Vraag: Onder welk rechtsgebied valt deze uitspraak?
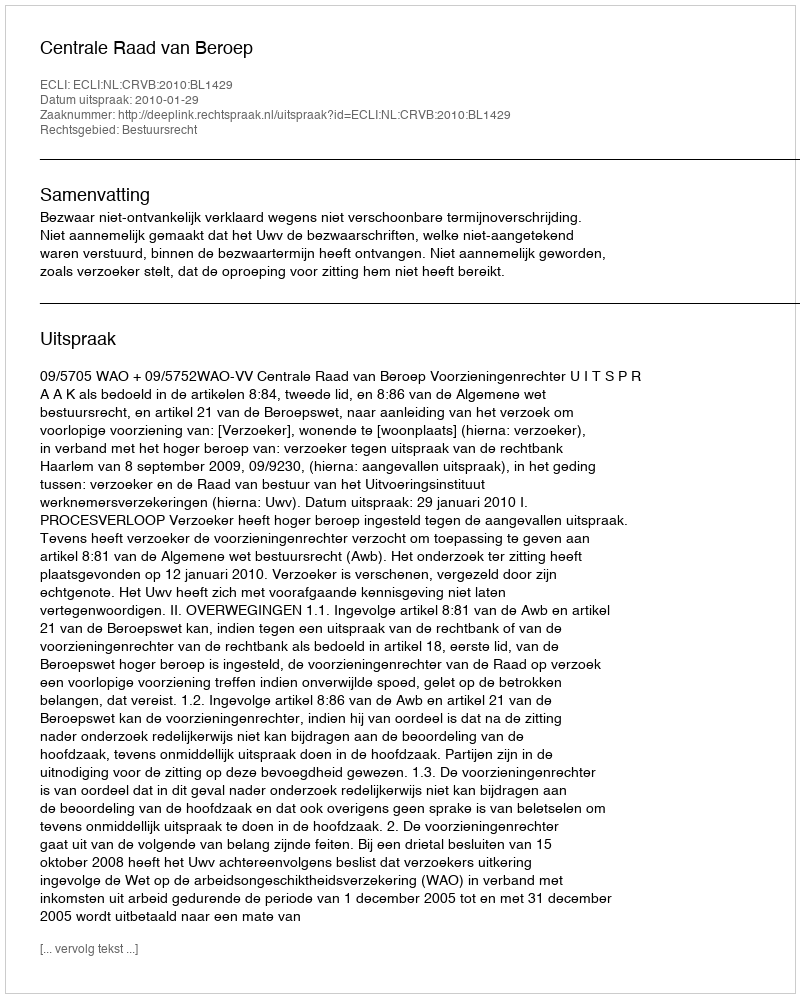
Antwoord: Bestuursrecht